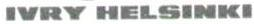
IVRY HELSINKI